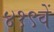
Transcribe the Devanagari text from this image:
४१९वें